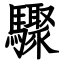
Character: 驟